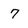
Character: 7